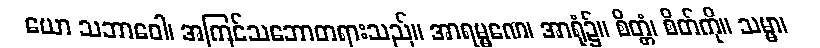
ယော သဘာဝေါ၊ အကြင်သဘောတရားသည်။ အာရမ္မဏေ၊ အာရုံ၌။ စိတ္တံ၊ စိတ်ကို။ သမ္မာ၊